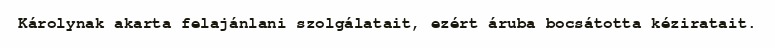
Károlynak akarta felajánlani szolgálatait, ezért áruba bocsátotta kéziratait.